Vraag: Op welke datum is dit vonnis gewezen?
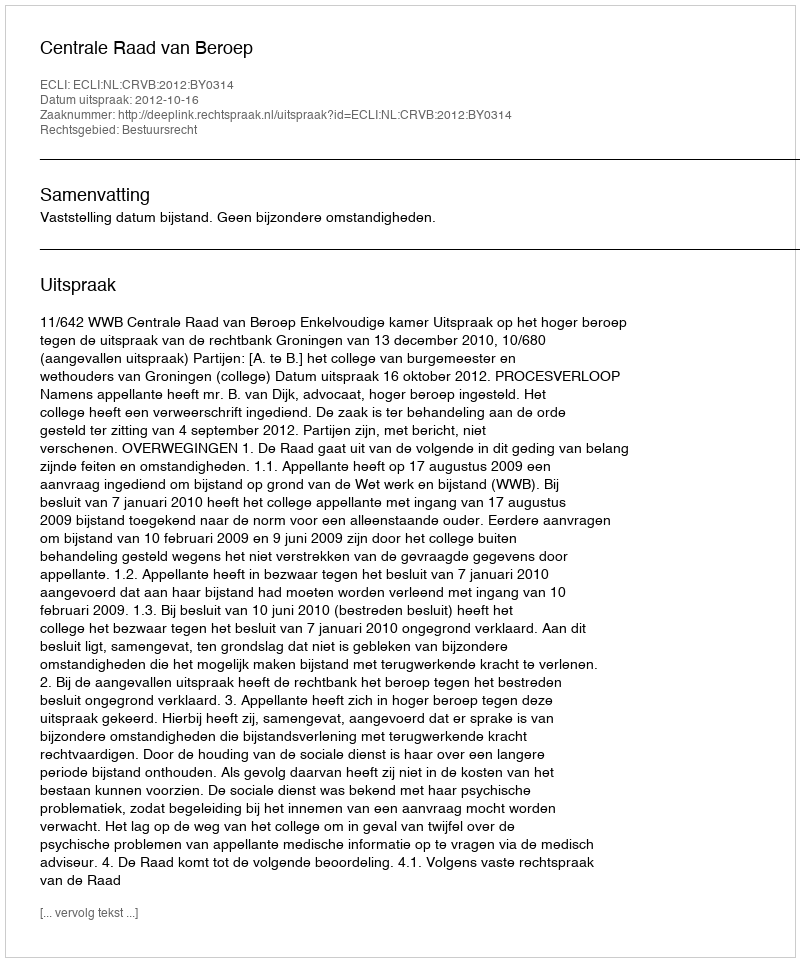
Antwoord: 2012-10-16